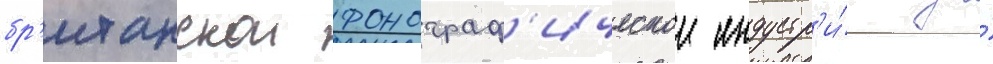
бр'итанскои фонограф'ическои индустр'и́и за́